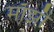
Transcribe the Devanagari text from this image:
माँझौ